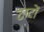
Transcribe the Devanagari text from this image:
ठाटों